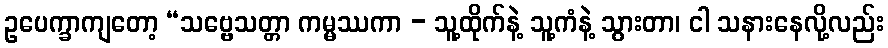
ဥပေက္ခာကျတော့ “သဗ္ဗေသတ္တာ ကမ္မဿကာ - သူ့ထိုက်နဲ့ သူ့ကံနဲ့ သွားတာ၊ ငါ သနားနေလို့လည်း